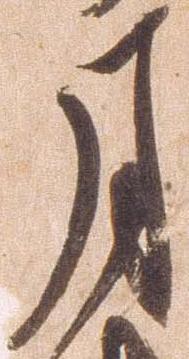
月